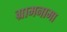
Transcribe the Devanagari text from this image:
ग्रामनामा